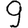
Digit: 9